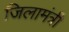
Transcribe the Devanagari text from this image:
जिलामंत्री